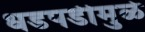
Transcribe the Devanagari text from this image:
धडपडीमुळे